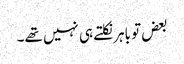
بعض تو باہر نکلتے ہی نہیں تھے۔